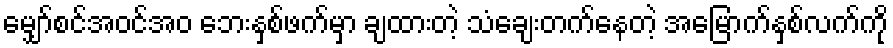
မျှော်စင်အဝင်အဝ ဘေးနှစ်ဖက်မှာ ချထားတဲ့ သံချေးတက်နေတဲ့ အမြောက်နှစ်လက်ကို